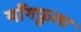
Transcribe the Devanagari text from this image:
याँगफ़ुला